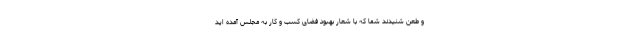
و طعن شنیدند شما که با شعار بهبود فضای کسب و کار به مجلس آمده اید